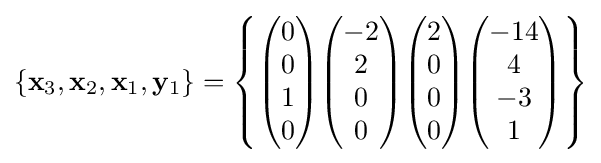
\left\{\mathbf {x} _{3},\mathbf {x} _{2},\mathbf {x} _{1},\mathbf {y} _{1}\right\}=\left\{{\begin{pmatrix}0\\0\\1\\0\end{pmatrix}}{\begin{pmatrix}-2\\2\\0\\0\end{pmatrix}}{\begin{pmatrix}2\\0\\0\\0\end{pmatrix}}{\begin{pmatrix}-14\\4\\-3\\1\end{pmatrix}}\right\}